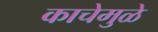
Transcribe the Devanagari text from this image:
काचेमुळे